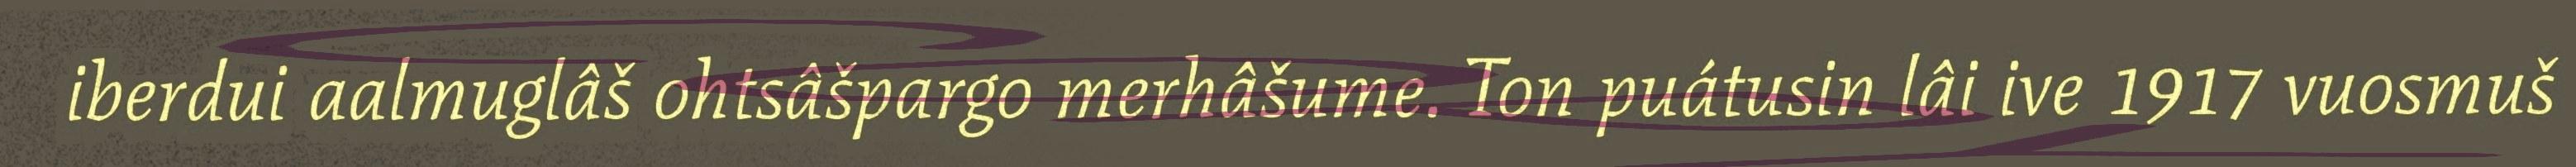
iberdui aalmuglâš ohtsâšpargo merhâšume. Ton puátusin lâi ive 1917 vuosmuš